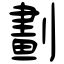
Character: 劃